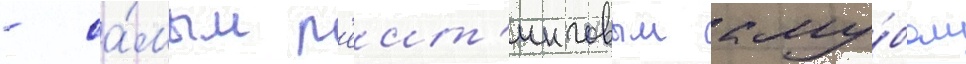
- са́мым р'еит'инговым клу́бом